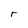
Character: r